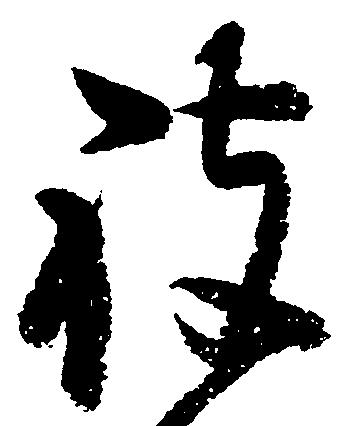
被